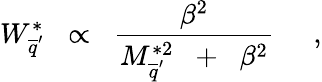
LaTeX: W_{\overline{{{q}}}^{\prime}}^{*}\; \; \propto\; \; \frac{\beta^{2}}{M_{\overline{{{q}}}^{\prime}}^{*2}\; \; +\; \; \beta^{2}}\; \; \; \; \; ,